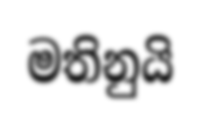
මතිනුයි